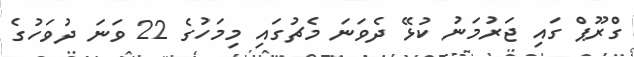
ގްރޫޕް ގައި ޖަރުމަނު ކުޅޭ ދެވަނަ މެޗުގައި މިމަހުގެ 22 ވަނަ ދުވަހުގެ